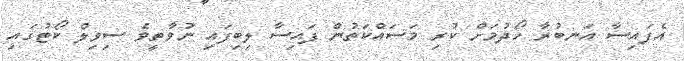
އެފައިސާ އަނބުރާ ހޯދުމަށް ކުރި މަސައްކަތުން ފައިސާ ލިބިފައި ނުވާތީވެ ސިވިލް ކޯޓުގައި